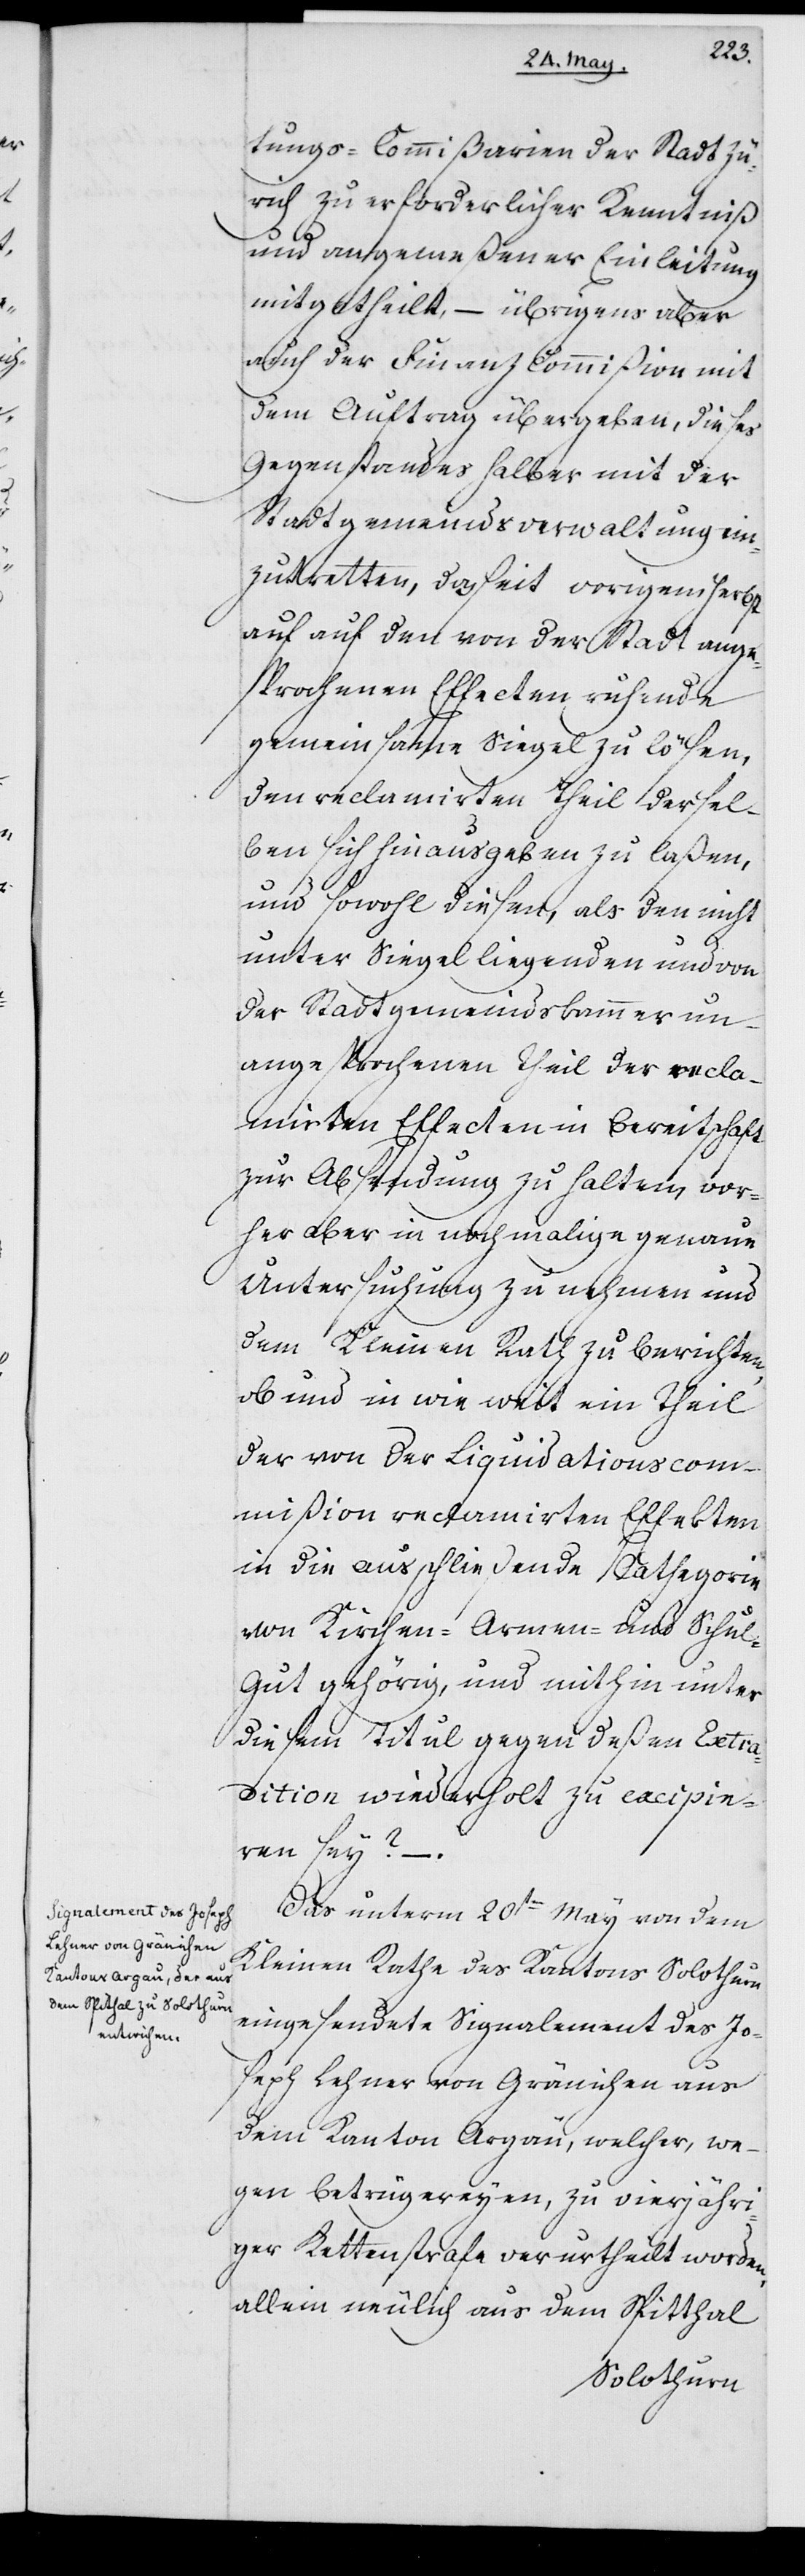
tungs-Kommißarien der Stadt Zü¬
rich zu erforderlicher Kenntniß
und angemeßener Einleitung
mitgetheilt, – übrigens aber
auch der Finanz Commißion mit
dem Auftrag übergeben, dieses
Gegenstandes halber mit der
Stadtgemeindsverwaltung ein¬
zutretten, das seit vorigem Herbst
auf auf den von der Stadt ange¬
sprochenen Effecten ruhende
gemeinsame Siegel zu lösen,
den reclamirten Theil dersel¬
ben sich hinausgeben zu laßen,
und sowohl diesen, als den nicht
unter Siegel liegenden und von
der Stadtgemeindskammer un¬
angesprochenen Theil der recla¬
mirten Effecten in Bereitschaft
zur Absendung zu halten, vor¬
her aber in nochmalige genaue
Untersuchung zu nehmen und
dem Kleinen Rath zu berichten,
ob und wie weit ein Theil
der von der Liquidationskom¬
mißion reclamierten Effecten
in die ausschließende Cathegorie
von Kirchen- Armen- und Schul¬
gut gehörig, und mithin unter
diesem Titul gegen deßen Extra¬
dition wiederholt zu excipie¬
ren sey?
Das unterm 20sten May von dem
Kleinen Rathe des Kantons Solothurn
eingesendete Signalement des Jo¬
seph Lehner von Gränichen aus
dem Kanton Argau, welcher, we¬
gen Betrügereyen, zu vierjähri¬
ger Kettenstrafe verurtheilt worden,
allein neulich aus dem Spitthal